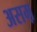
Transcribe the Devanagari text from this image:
असम़